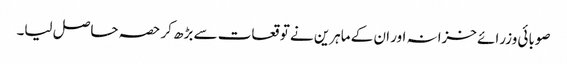
صوبائی وزرائے خزانہ اور ان کے ماہرین نے توقعات سے بڑھ کر حصہ حاصل لیا۔